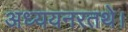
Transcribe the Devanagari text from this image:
अध्ययनरतथे।